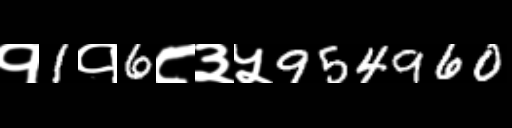
Text: १1१6८३५954960